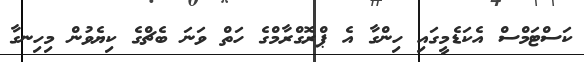
ކަސްޓަމްސް އެކަޑެމީގައި ހިންގާ އެ ޕްރޮގްރާމްގެ ހަތް ވަނަ ބެޗްގެ ކިޔެވުން މިހިނގާ